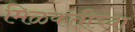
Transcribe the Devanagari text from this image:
मिळकतीच्या